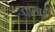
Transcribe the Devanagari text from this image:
पालाई